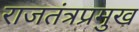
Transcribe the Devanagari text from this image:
राजतंत्रप्रमुख